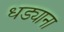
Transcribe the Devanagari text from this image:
धड्याना